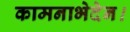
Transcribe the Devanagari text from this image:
कामनाभेदेन।